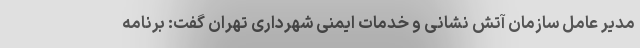
مدیر عامل سازمان آتش نشانی و خدمات ایمنی شهرداری تهران گفت: ‌برنامه